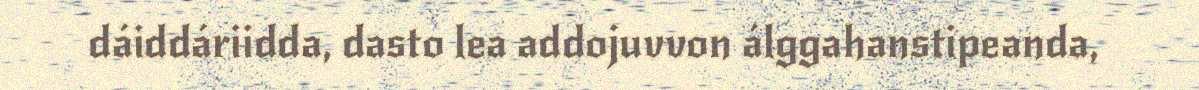
dáiddáriidda, dasto lea addojuvvon álggahanstipeanda,